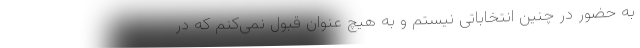
به حضور در چنین انتخاباتی نیستم و به هیچ عنوان قبول نمی‌کنم که در